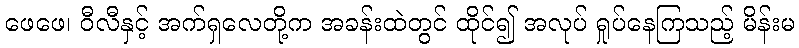
ဖေဖေ၊ ဝီလီနှင့် အက်ရှလေတို့က အခန်းထဲတွင် ထိုင်၍ အလုပ် ရှုပ်နေကြသည့် မိန်းမ